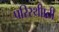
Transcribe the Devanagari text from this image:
परिस्थीाती